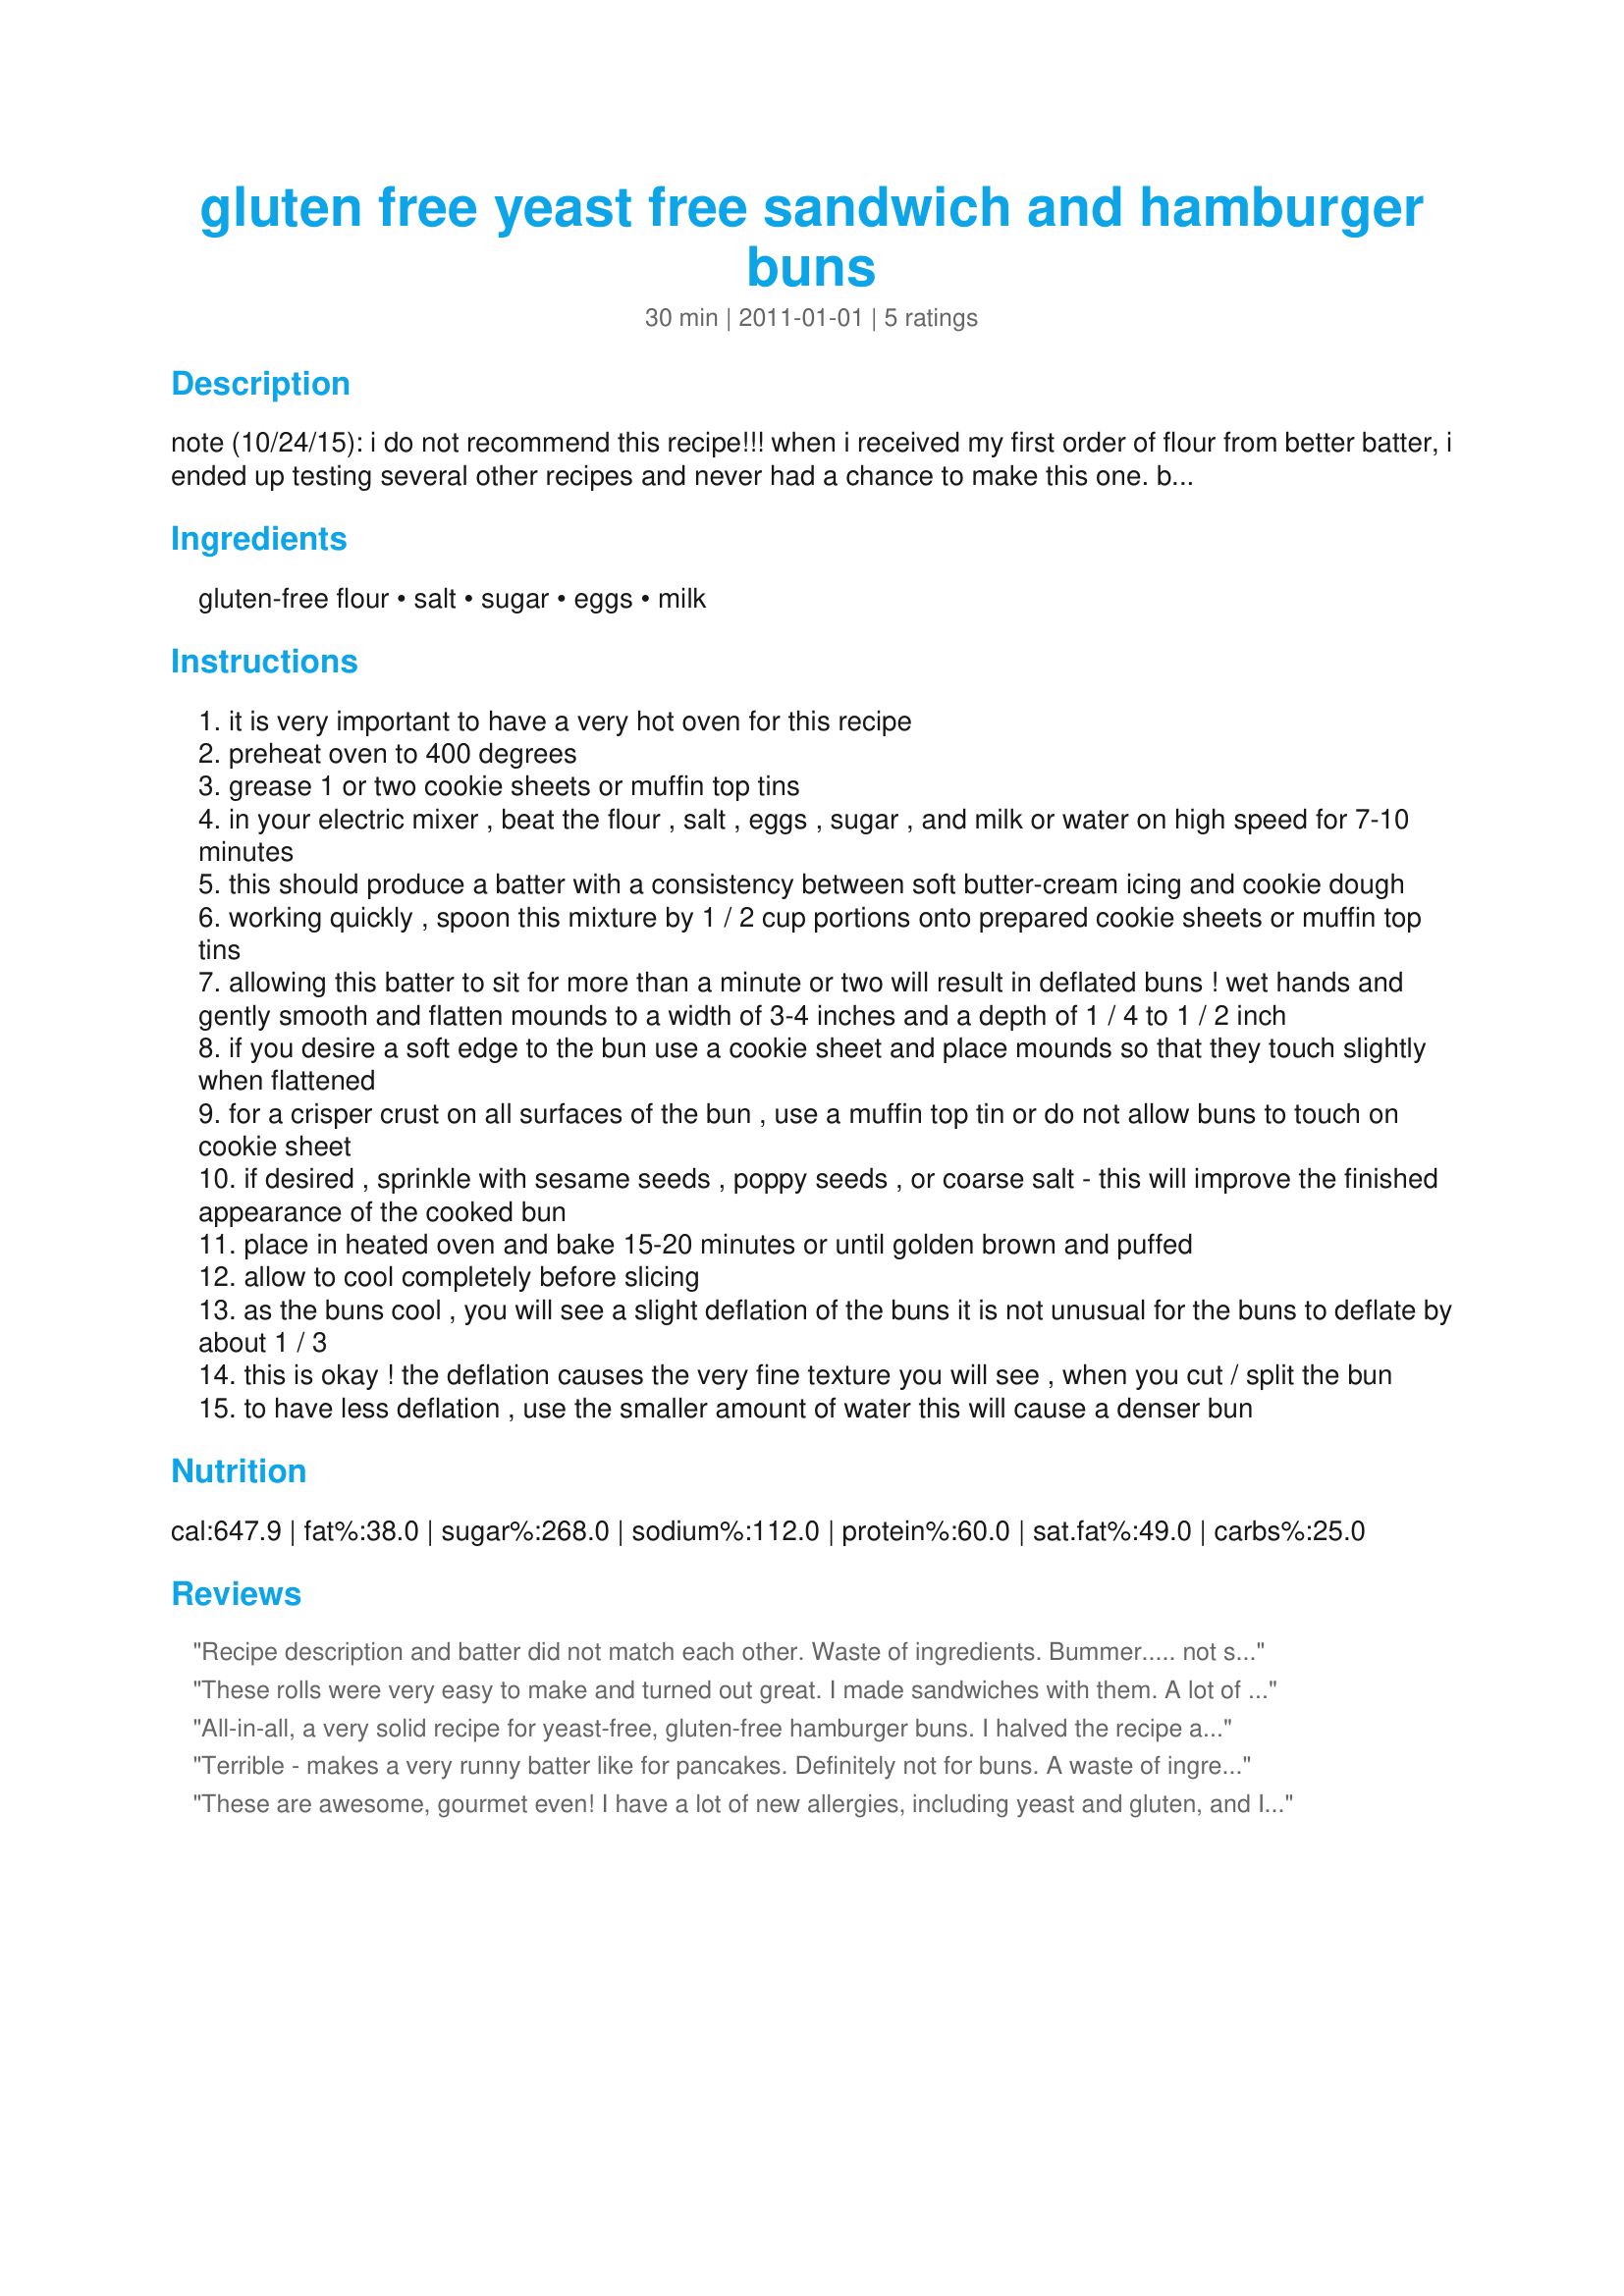
gluten free yeast free sandwich and hamburger buns
Preparation time: 30 minutes

note (10/24/15): i do not recommend this recipe!!! when i received my first order of flour from better batter, i ended up testing several other recipes and never had a chance to make this one. based on the reviews from those who have though, i would not want anyone else to test this without understanding that the recipe has not been successful. i do not know if others are using better batter flour, or other brands, however, the results are not in favor of the recipe.
*tink
original description: from naomi at the better batter website. i'm awaiting the flour before trying this for myself, but need to post it to keep it handy. :) prep time is an estimate for now.

Ingredients:
gluten-free flour, salt, sugar, eggs, milk

Steps:
it is very important to have a very hot oven for this recipe
preheat oven to 400 degrees
grease 1 or two cookie sheets or muffin top tins
in your electric mixer , beat the flour , salt , eggs , sugar , and milk or water on high speed for 7-10 minutes
this should produce a batter with a consistency between soft butter-cream icing and cookie dough
working quickly , spoon this mixture by 1 / 2 cup portions onto prepared cookie sheets or muffin top tins
allowing this batter to sit for more than a minute or two will result in deflated buns ! wet hands and gently smooth and flatten mounds to a width of 3-4 inches and a depth of 1 / 4 to 1 / 2 inch
if you desire a soft edge to the bun use a cookie sheet and place mounds so that they touch slightly when flattened
for a crisper crust on all surfaces of the bun , use a muffin top tin or do not allow buns to touch on cookie sheet
if desired , sprinkle with sesame seeds , poppy seeds , or coarse salt - this will improve the finished appearance of the cooked bun
place in heated oven and bake 15-20 minutes or until golden brown and puffed
allow to cool completely before slicing
as the buns cool , you will see a slight deflation of the buns it is not unusual for the buns to deflate by about 1 / 3
this is okay ! the deflation causes the very fine texture you will see , when you cut / split the bun
to have less deflation , use the smaller amount of water this will cause a denser bun

Reviews:
Recipe description and batter did not match each other. Waste of ingredients. Bummer..... not sure how to get the consistency that the author of the recipe says to. Humph....
These rolls were very easy to make and turned out great. I made sandwiches with them. A lot of gluten free breads crumble, but these rolls held up really well.
All-in-all, a very solid recipe for yeast-free, gluten-free hamburger buns. I halved the recipe and used Bob's Red Mill GF flour plus xanthan gum. The finished product was a little on the sweet side, so I'll probably reduce the sugar in the next batch I make, but I'll definitely be making a second batch--and soon! My non-GF spouse thinks that they're similar in texture and appearance to McDonald's buns. These are the closest to the "real thing" that I've ever had, and worlds better than commercially-produced GF bread products.
Terrible - makes a very runny batter like for pancakes. Definitely not for buns. A waste of ingredients.
These are awesome, gourmet even! I have a lot of new allergies, including yeast and gluten, and I am used to settling for something that doesn&#039;t taste anything like what I used to be able to eat. But these were great! I made the recipe as is and I cooked them on a cookie sheet.
